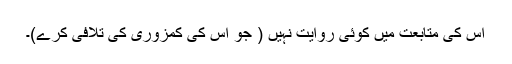
اس کی متابعت میں کوئی روایت نہیں ( جو اس کی کمزوری کی تلافی کرے)۔